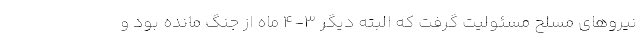
نیروهای مسلح مسئولیت گرفت که البته دیگر ۳-۴ ماه از جنگ مانده بود و